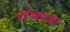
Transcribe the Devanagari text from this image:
वरेरकरांचा